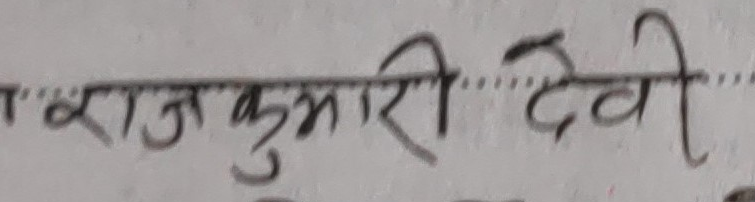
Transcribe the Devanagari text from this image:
राजकुमारी देवी